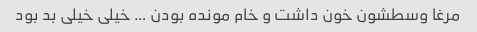
مرغا وسطشون خون داشت و خام مونده بودن … خیلی خیلی بد بود